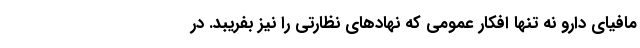
مافیای دارو نه تنها افکار عمومی که نهادهای نظارتی را نیز بفریبد. در